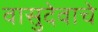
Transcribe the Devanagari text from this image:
वासुदेवाचे